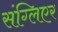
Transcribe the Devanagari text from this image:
संग्लिएर